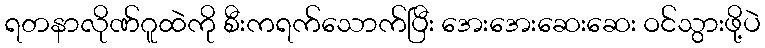
ရတနာလိုဏ်ဂူထဲကို စီးကရက်သောက်ပြီး အေးအေးဆေးဆေး ဝင်သွားဖို့ပဲ